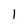
Character: I